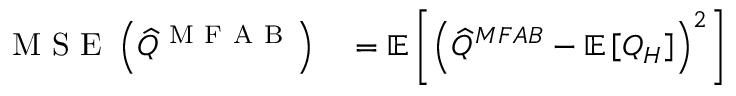
\begin{array} { r l } { \mathrm { ~ M ~ S ~ E ~ } \left( \widehat { Q } ^ { \mathrm { ~ M ~ F ~ A ~ B ~ } } \right) } & { { } = \mathbb { E } \left[ \left( \widehat { Q } ^ { M F A B } - \mathbb { E } \left[ Q _ { H } \right] \right) ^ { 2 } \right] } \end{array}